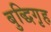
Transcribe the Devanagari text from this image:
बुद्धिगृह